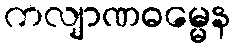
ကလျာဏဓမ္မေန